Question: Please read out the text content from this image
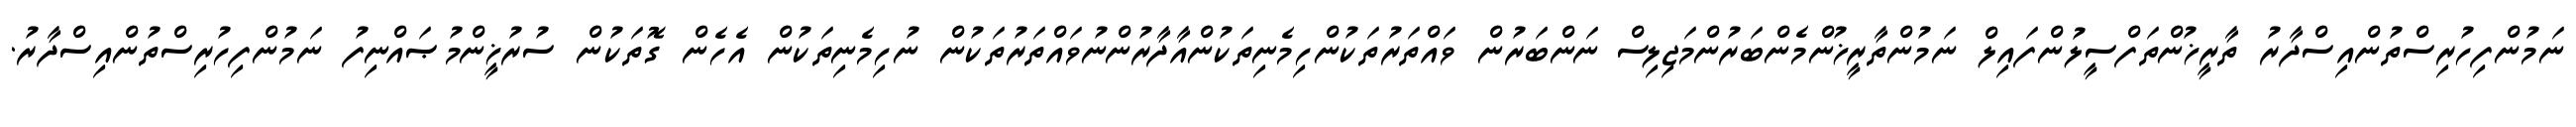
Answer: ނަމުންފިހުރިސްތުންއިސްދާރު ތާރީޚުންތަފްސީލުންފައިލް ނަމުންތާރީޚުންމެންބަރުންމަޖިލިސް ނަންބަރުން ވައްތަރުތަކުންހިމެނިތަކުންއާދާރުންނުވައްތަރުތަކުން ނުހިމެނިތަކުން އެހެން ގޮތަކުން ސުރުޚީންމުޞައްނިފު ނަމުންފިހުރިސްތުންއިސްދާރު.